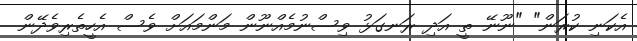
އެކަނި ކުރަން" "ނޫނޭ ތީ އަދި ރަނގަޅު ވިސްނުމެއްނޫން މަންމައަށް ވެސް އެހީތެރިވެދޭން